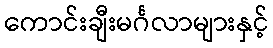
ကောင်းချီးမင်္ဂလာများနှင့်